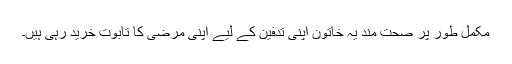
مکمل طور پر صحت مند یہ خاتون اپنی تدفین کے لیے اپنی مرضی کا تابوت خرید رہی ہیں۔